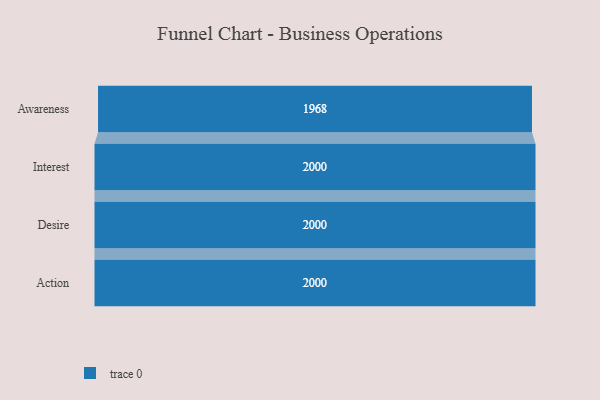
{"axis": {"x": "Stage", "y": "Value"}, "legend": [""], "data": [{"x": "Awareness", "y": 1968.0, "type": ""}, {"x": "Interest", "y": 2000, "type": ""}, {"x": "Desire", "y": 2000, "type": ""}, {"x": "Action", "y": 2000, "type": ""}]}